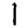
Digit: 1